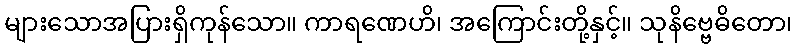
များသောအပြားရှိကုန်သော။ ကာရဏေဟိ၊ အကြောင်းတို့နှင့်။ သုနိဗ္ဗေဓိတော၊